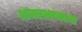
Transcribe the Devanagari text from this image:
शांकरभाष्यतथा